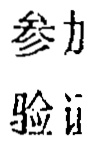
参力
验证